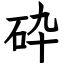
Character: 砕